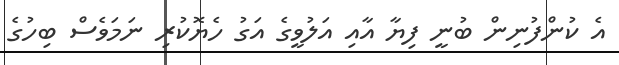
އެ ކުންފުނިން ބުނީ ފިޔާ އާއި އަލުވީގެ އަގު ހެޔޮކުރި ނަމަވެސް ބިހުގެ